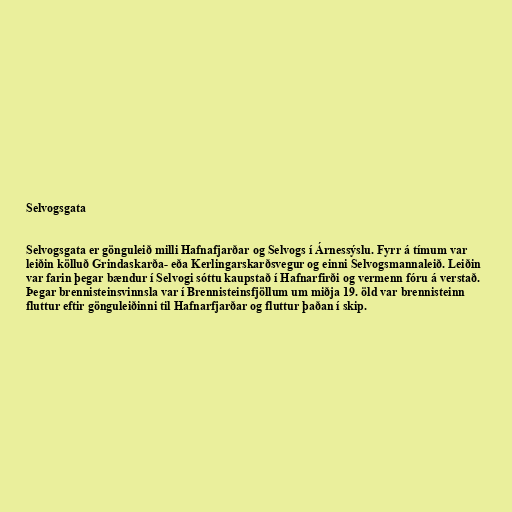
Selvogsgata

Selvogsgata er gönguleið milli Hafnafjarðar og Selvogs í Árnessýslu. Fyrr á tímum var
leiðin kölluð Grindaskarða- eða Kerlingarskarðsvegur og einni Selvogsmannaleið. Leiðin
var farin þegar bændur í Selvogi sóttu kaupstað í Hafnarfirði og vermenn fóru á verstað.
Þegar brennisteinsvinnsla var í Brennisteinsfjöllum um miðja 19. öld var brennisteinn
fluttur eftir gönguleiðinni til Hafnarfjarðar og fluttur þaðan í skip.